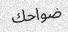
ضواحك